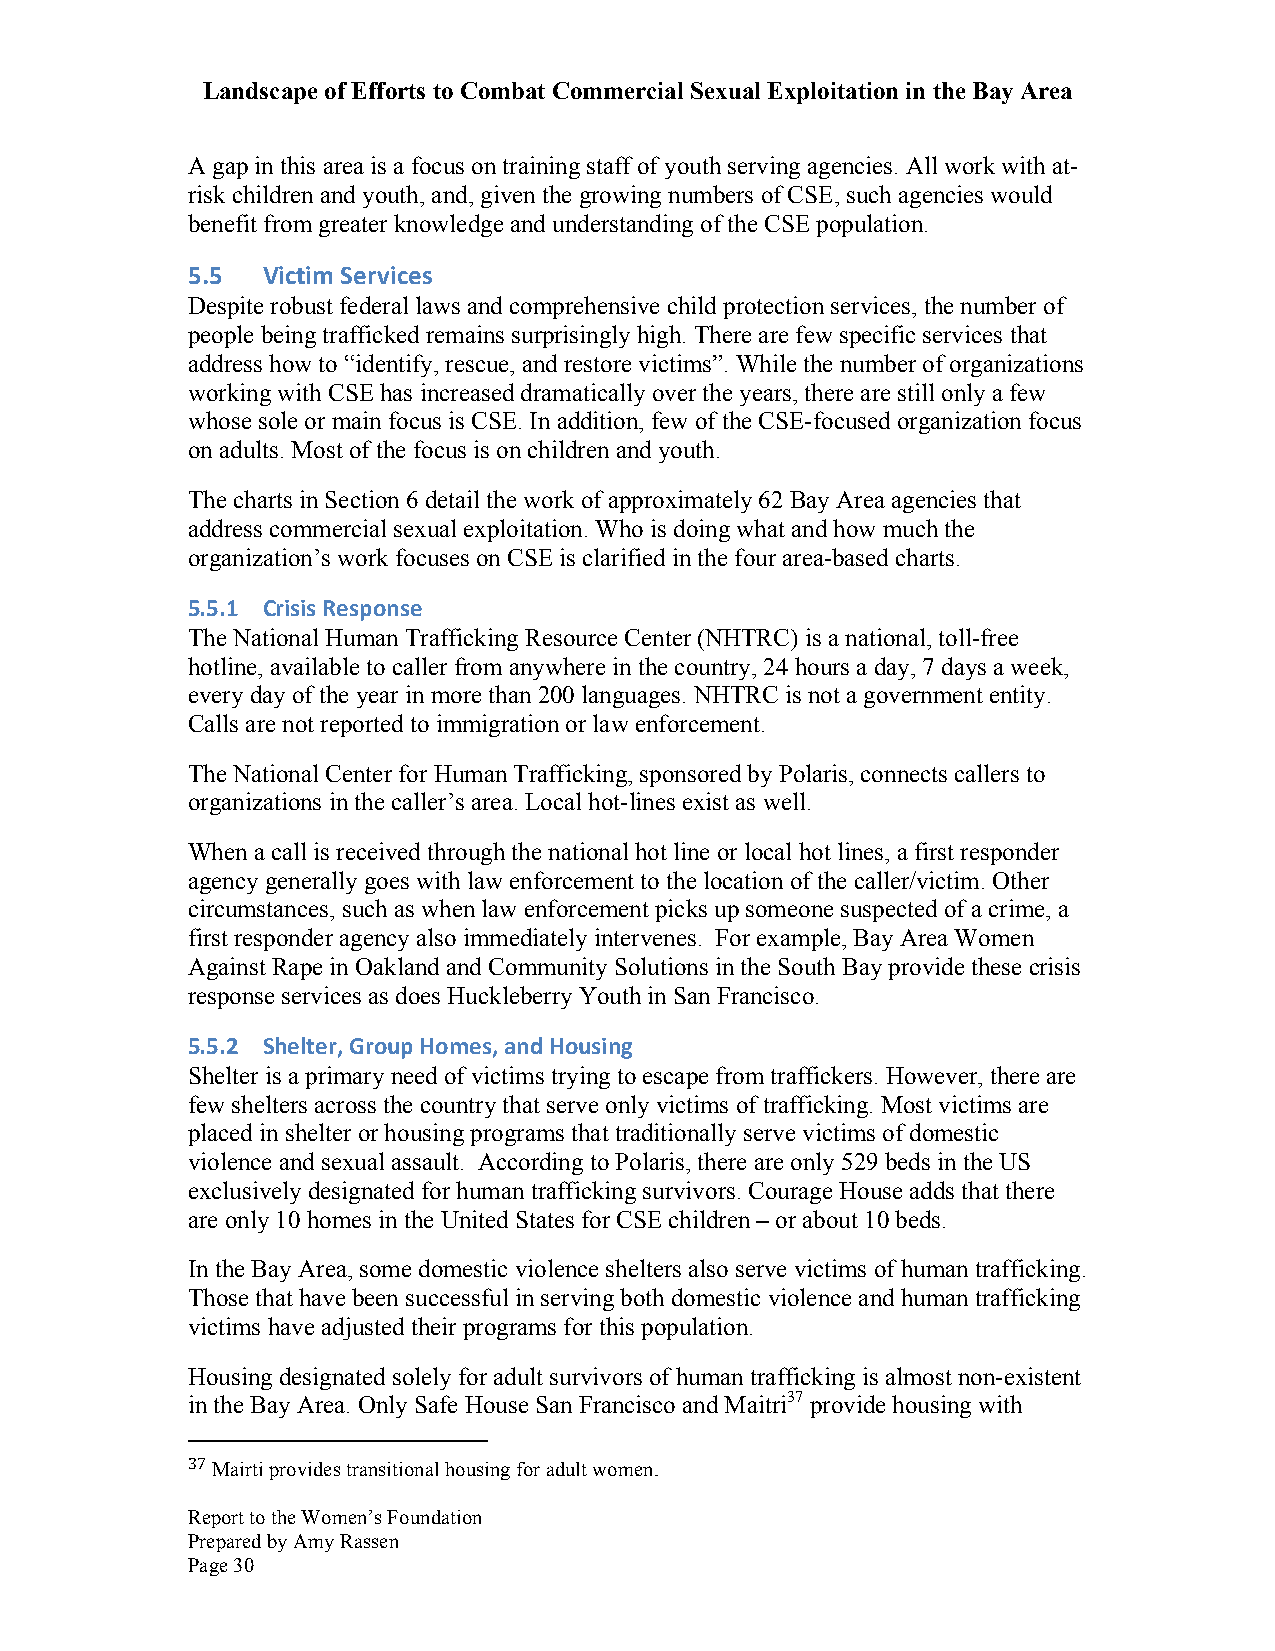
Landscape of Efforts to Combat Commercial Sexual Exploitation in the Bay Area
 A gap in this area is a focus on training staff of youth serving agencies. All work with at-
 risk children and youth, and, given the growing numbers of CSE, such agencies would
 benefit from greater knowledge and understanding of the CSE population.
 5.5  Victim Services
 Despite robust federal laws and comprehensive child protection services, the number of
 people being trafficked remains surprisingly high. There are few specific services that
 address how to “identify, rescue, and restore victims”. While the number of organizations
 working with CSE has increased dramatically over the years, there are still only a few
 whose sole or main focus is CSE. In addition, few of the CSE-focused organization focus
 on adults. Most of the focus is on children and youth.
 The charts in Section 6 detail the work of approximately 62 Bay Area agencies that
 address commercial sexual exploitation. Who is doing what and how much the
 organization’s work focuses on CSE is clarified in the four area-based charts.
 5.5.1 Crisis Response
 The National Human Trafficking Resource Center (NHTRC) is a national, toll-free
 hotline, available to caller from anywhere in the country, 24 hours a day, 7 days a week,
 every day of the year in more than 200 languages. NHTRC is not a government entity.
 Calls are not reported to immigration or law enforcement.
 The National Center for Human Trafficking, sponsored by Polaris, connects callers to
 organizations in the caller’s area. Local hot-lines exist as well.
 When a call is received through the national hot line or local hot lines, a first responder
 agency generally goes with law enforcement to the location of the caller/victim. Other
 circumstances, such as when law enforcement picks up someone suspected of a crime, a
 first responder agency also immediately intervenes. For example, Bay Area Women
 Against Rape in Oakland and Community Solutions in the South Bay provide these crisis
 response services as does Huckleberry Youth in San Francisco.
 5.5.2 Shelter, Group Homes, and Housing
 Shelter is a primary need of victims trying to escape from traffickers. However, there are
 few shelters across the country that serve only victims of trafficking. Most victims are
 placed in shelter or housing programs that traditionally serve victims of domestic
 violence and sexual assault. According to Polaris, there are only 529 beds in the US
 exclusively designated for human trafficking survivors. Courage House adds that there
 are only 10 homes in the United States for CSE children – or about 10 beds.
 In the Bay Area, some domestic violence shelters also serve victims of human trafficking.
 Those that have been successful in serving both domestic violence and human trafficking
 victims have adjusted their programs for this population.
 Housing designated solely for adult survivors of human trafficking is almost non-existent
 in the Bay Area. Only Safe House San Francisco and Maitri37 provide housing with
 37 Mairti provides transitional housing for adult women.
 Report to the Women’s Foundation
 Prepared by Amy Rassen
 Page 30